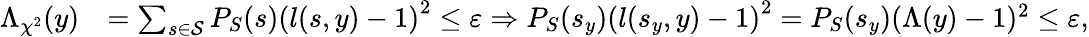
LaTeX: \begin{array}{rl}{\Lambda_{\chi^{2}}(y)}&{=\sum_{s\in\mathcal{S}}P_{S}(s)\left(l(s,y)-1\right)^{2}\leq{\varepsilon}\Rightarrow P_{S}({s_{{y}}})\left(l(s_{y},y)-1\right)^{2}=P_{S}(s_{y})(\Lambda(y)-1)^{2}\leq{\varepsilon},}\end{array}